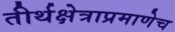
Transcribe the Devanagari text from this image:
तीर्थक्षेत्राप्रमाणेच